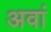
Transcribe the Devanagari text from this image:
अवां